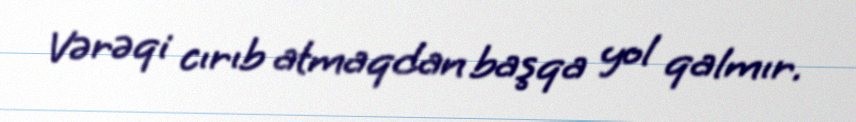
Vərəqi cırıb atmaqdan başqa yol qalmır.